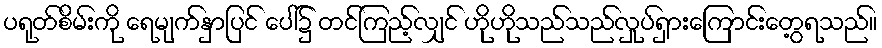
ပရုတ်စိမ်းကို ရေမျက်နှာပြင် ပေါ်၌ တင်ကြည့်လျှင် ဟိုဟိုသည်သည်လှုပ်ရှားကြောင်းတွေ့ရသည်။